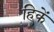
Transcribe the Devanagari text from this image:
हिकें